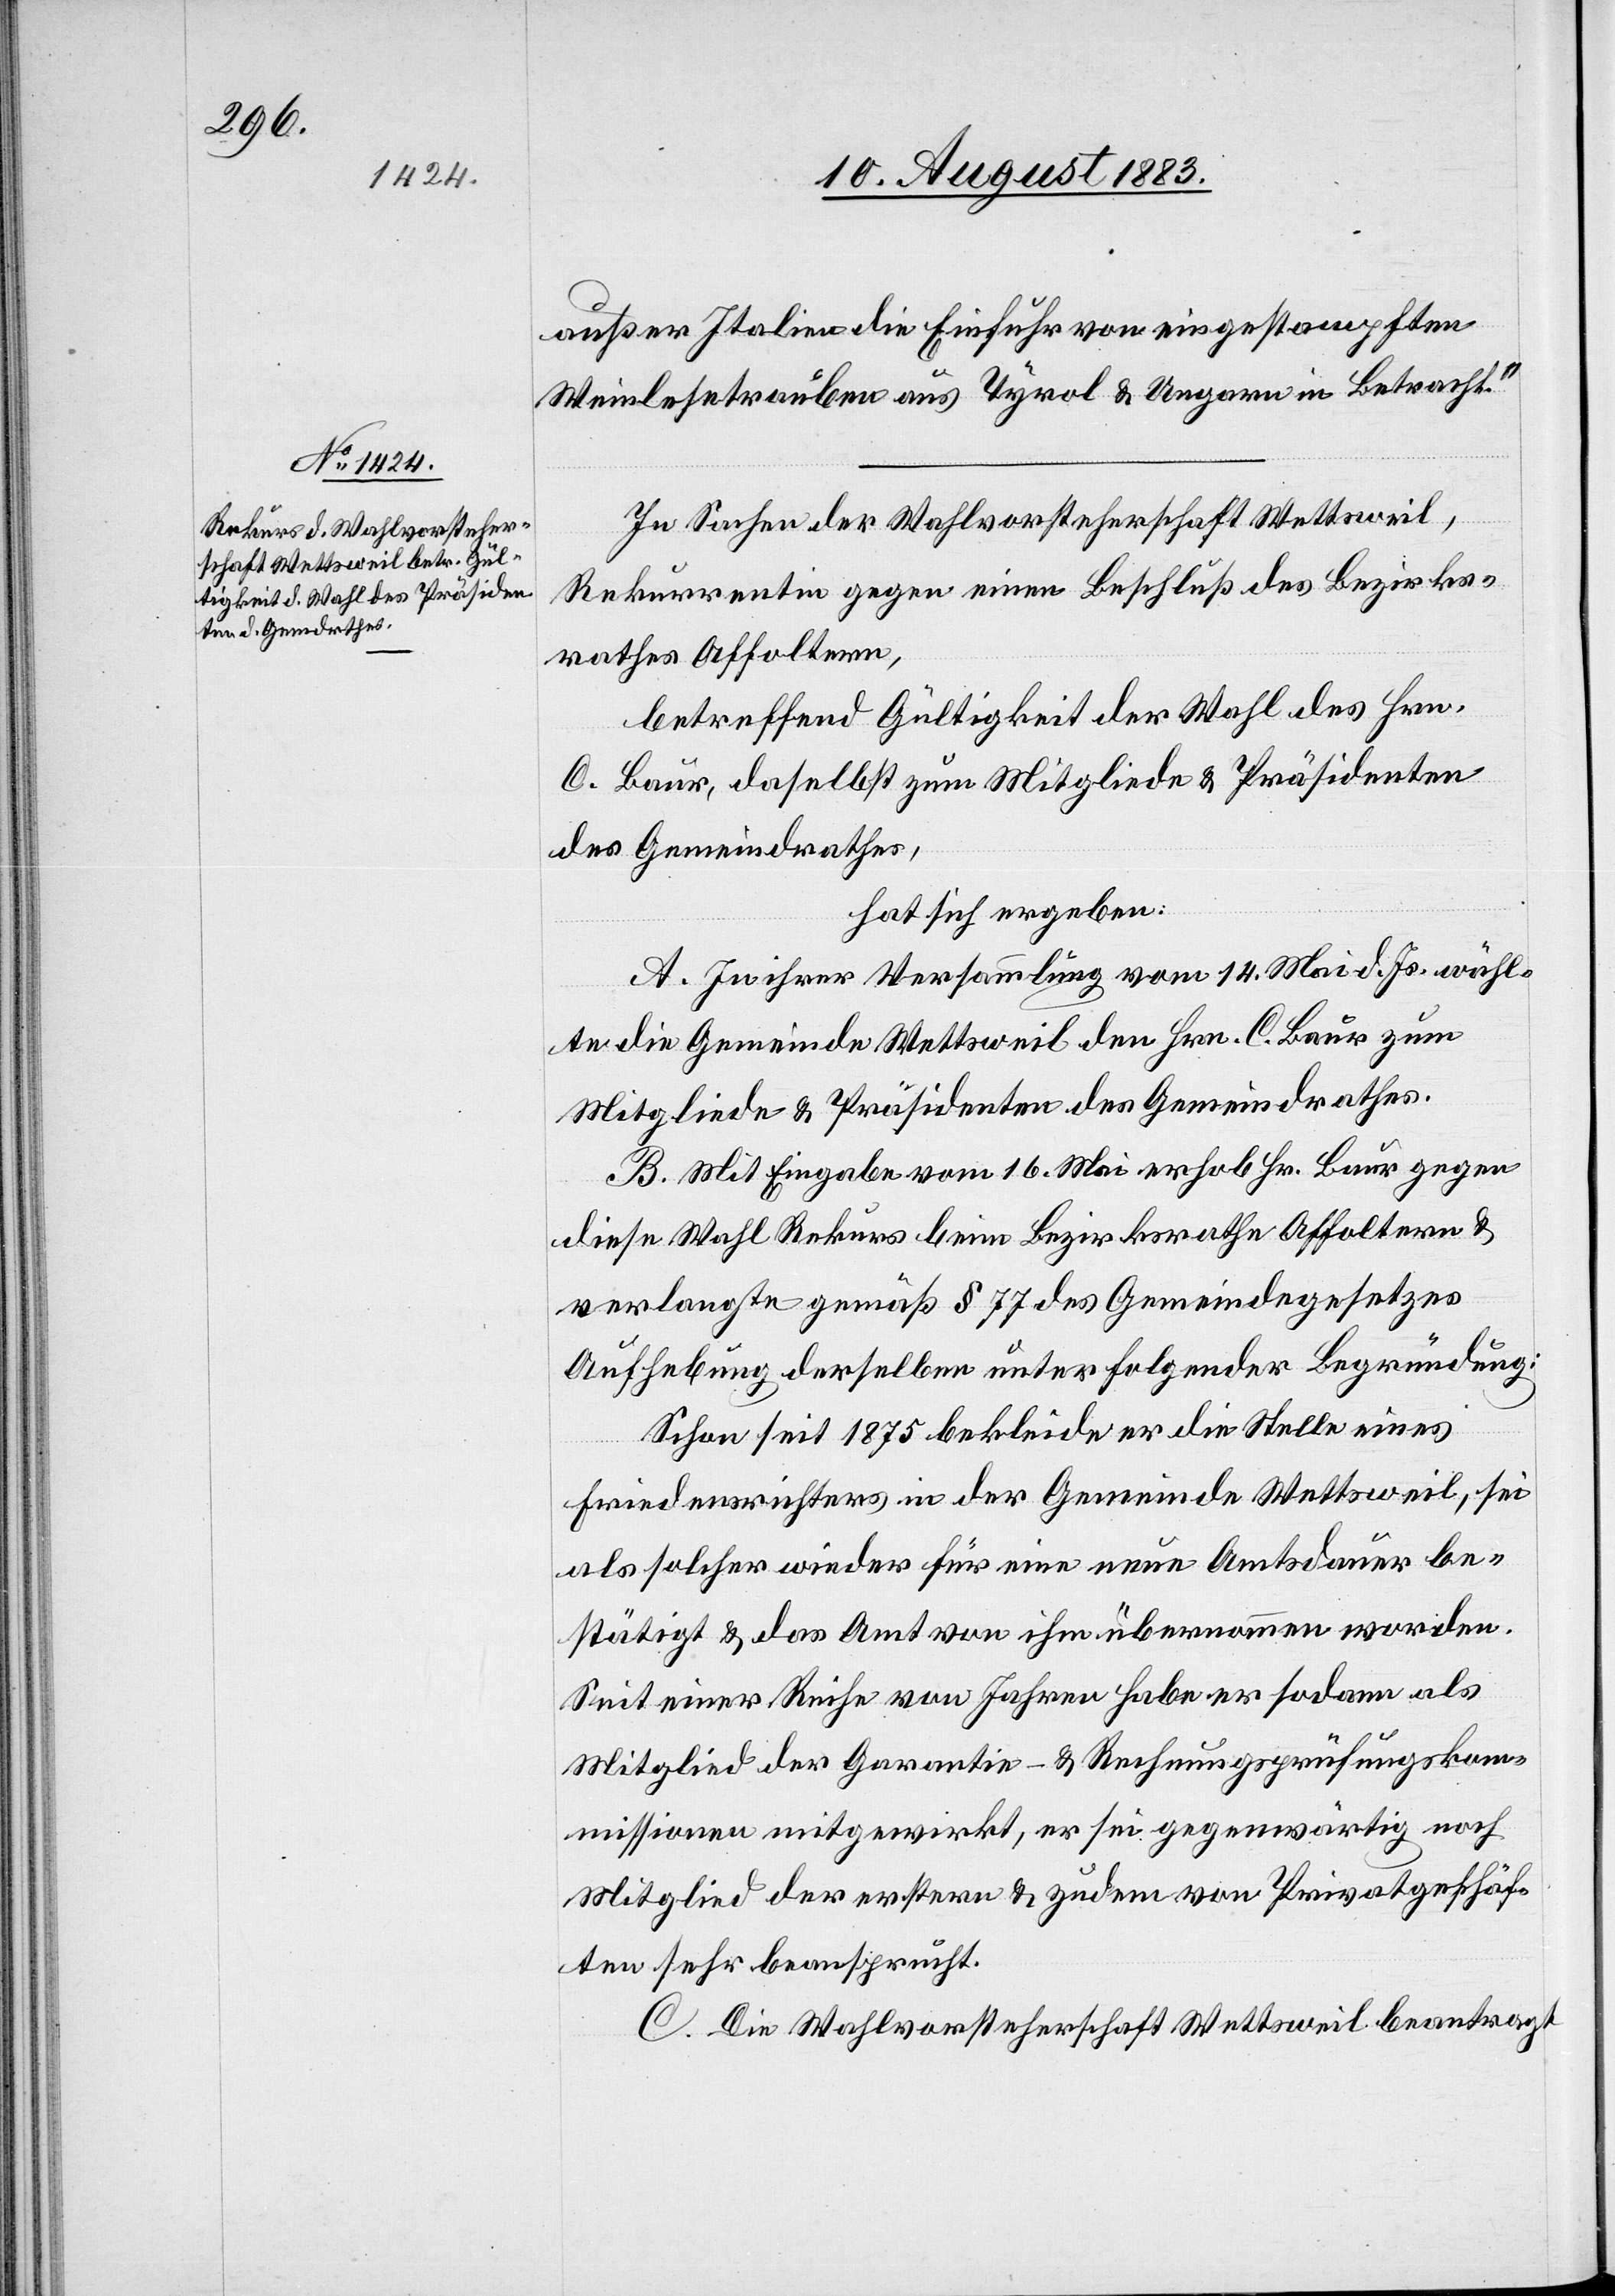
außer Italien die Einfuhr von eingestampften
Weinlesetrauben aus Tyrol & Ungarn in Betracht.“
In Sachen der Wahlvorsteherschaft Wettsweil,
Rekurrentin gegen einen Beschluß des Bezirks¬
rathes Affoltern,
betreffend Gültigkeit der Wahl des Hrn.
C. Baur, daselbst zum Mitgliede & Präsidenten
des Gemeindrathes,
hat sich ergeben:
A. In ihrer Versammlung vom 14. Mai d. Js. wähl¬
te die Gemeinde Wettsweil den Hrn. C. Baur zum
Mitgliede & Präsidenten des Gemeindrathes.
B. Mit Eingabe vom 16. Mai erhob Hr. Baur gegen
die Wahl Rekurs beim Bezirksrathe Affoltern &
verlangte gemäß § 77 des Gemeindegesetzes
Aufhebung derselben unter folgender Begründung:
Schon seit 1875 bekleide er die Stelle eines
Friedensrichters in der Gemeinde Wettsweil, sei
als solcher wieder für eine neue Amtsdauer be¬
stätigt & das Amt von ihm übernommen worden.
Seit einer Reihe von Jahren habe er sodann als
Mitglied der Garantie- & Rechnungsprüfungskom¬
mission mitgewirkt, er sei gegenwärtig noch
Mitglied der erstern & zudem von Privatgeschäf¬
ten sehr beansprucht.
C. Die Wahlvorsteherschaft Wettsweil beantragt